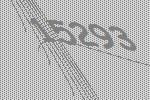
15293